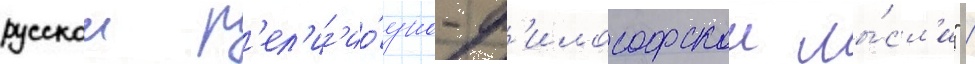
русскои р'ел'иг'ио́зно-ф'илософскои мы́сл'и" /